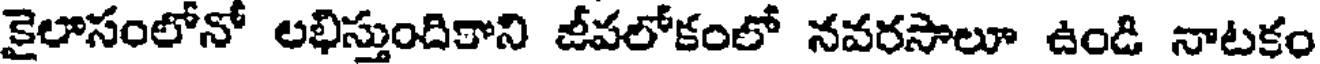
కైలొసంలోనో లభిస్తుందికాని జీవలోకంలో నవరసాలూ ఉండి నాటకం